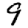
Digit: 9